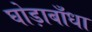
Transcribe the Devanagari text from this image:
घोड़ाबाँधा